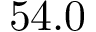
5 4 . 0